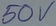
Text: 50V